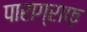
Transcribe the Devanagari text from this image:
पाराग्राफ़